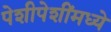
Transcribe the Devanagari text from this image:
पेशीपेशींमध्ये